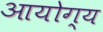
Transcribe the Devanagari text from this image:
आयोग्य